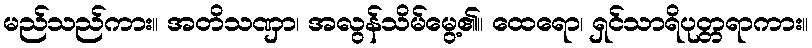
မည်သည်ကား။ အတိသဏှာ၊ အလွန်သိမ်မွေ့၏။ ထေရော၊ ရှင်သာရိပုတ္တရာကား။